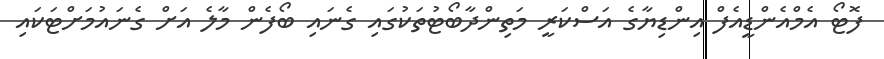
ފޮޓޯ އެމްއެންޑީއެފް އިންޑިޔާގެ އަސްކަރީ މަތިންދާބޯޓުތަކުގައި ގެނައި ބޯފެން މާލެ އަށް ގެނައުމަށްޓަކައި